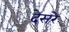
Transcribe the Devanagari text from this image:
देसरे